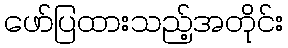
ဖော်ပြထားသည့်အတိုင်း